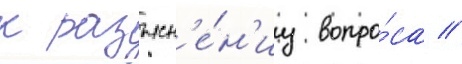
к разъясн'е́н'иу вопро́са //